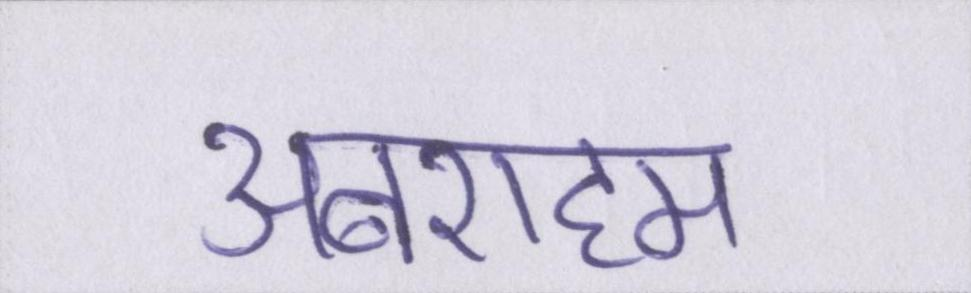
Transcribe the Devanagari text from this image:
अबराहम